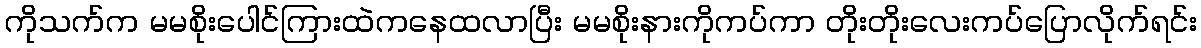
ကိုသက်က မမစိုးပေါင်ကြားထဲကနေထလာပြီး မမစိုးနားကိုကပ်ကာ တိုးတိုးလေးကပ်ပြောလိုက်ရင်း